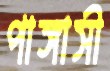
পাঙ্গাসী